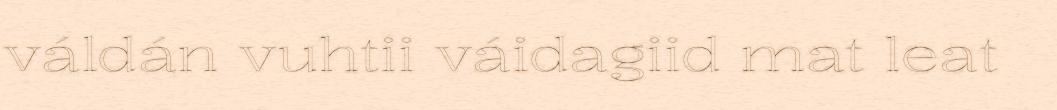
váldán vuhtii váidagiid mat leat